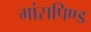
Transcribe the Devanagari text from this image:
मांसपिण्ड